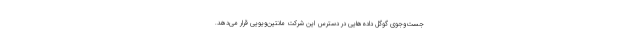
جست‌و‌جوی گوگل داده‌هایی در دسترس این شرکت مانتین‌ویویی قرار می‌دهد.